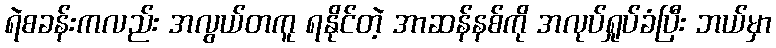
ရဲစခန်းကလည်း အလွယ်တကူ ရနိုင်တဲ့ အာဆန်နစ်ကို အလုပ်ရှုပ်ခံပြီး ဘယ်မှာ